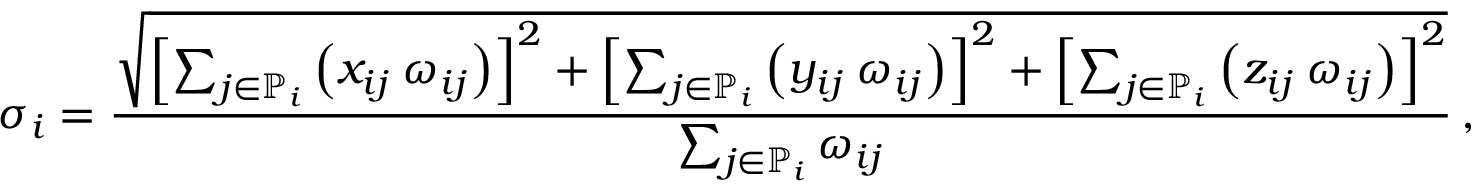
\sigma _ { i } = \frac { \sqrt { \left[ \sum _ { j \in \mathbb { P } _ { i } } \left( x _ { i j } \: \omega _ { i j } \right) \right] ^ { 2 } + \left[ \sum _ { j \in \mathbb { P } _ { i } } \left( y _ { i j } \: \omega _ { i j } \right) \right] ^ { 2 } + \left[ \sum _ { j \in \mathbb { P } _ { i } } \left( z _ { i j } \: \omega _ { i j } \right) \right] ^ { 2 } } } { \sum _ { j \in \mathbb { P } _ { i } } \omega _ { i j } } \, ,